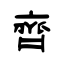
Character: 齊